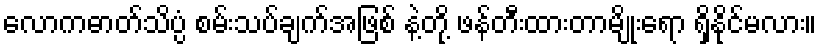
လောကဓာတ်သိပ္ပံ စမ်းသပ်ချက်အဖြစ် နဲ့တို့ ဖန်တီးထားတာမျိုးရော ရှိနိုင်မလား။